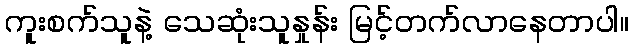
ကူးစက်သူနဲ့ သေဆုံးသူနှုန်း မြင့်တက်လာနေတာပါ။